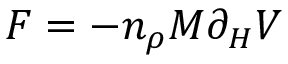
F = - n _ { \rho } M \partial _ { H } V